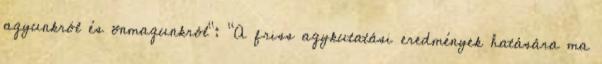
agyunkról és önmagunkról": "A friss agykutatási eredmények hatására ma